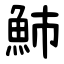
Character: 䰽